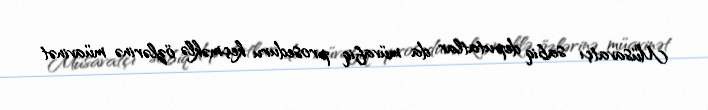
Müsavatçı sabiq deputatlar da müvafiq proseduru keçməklə özlərinə müavinət